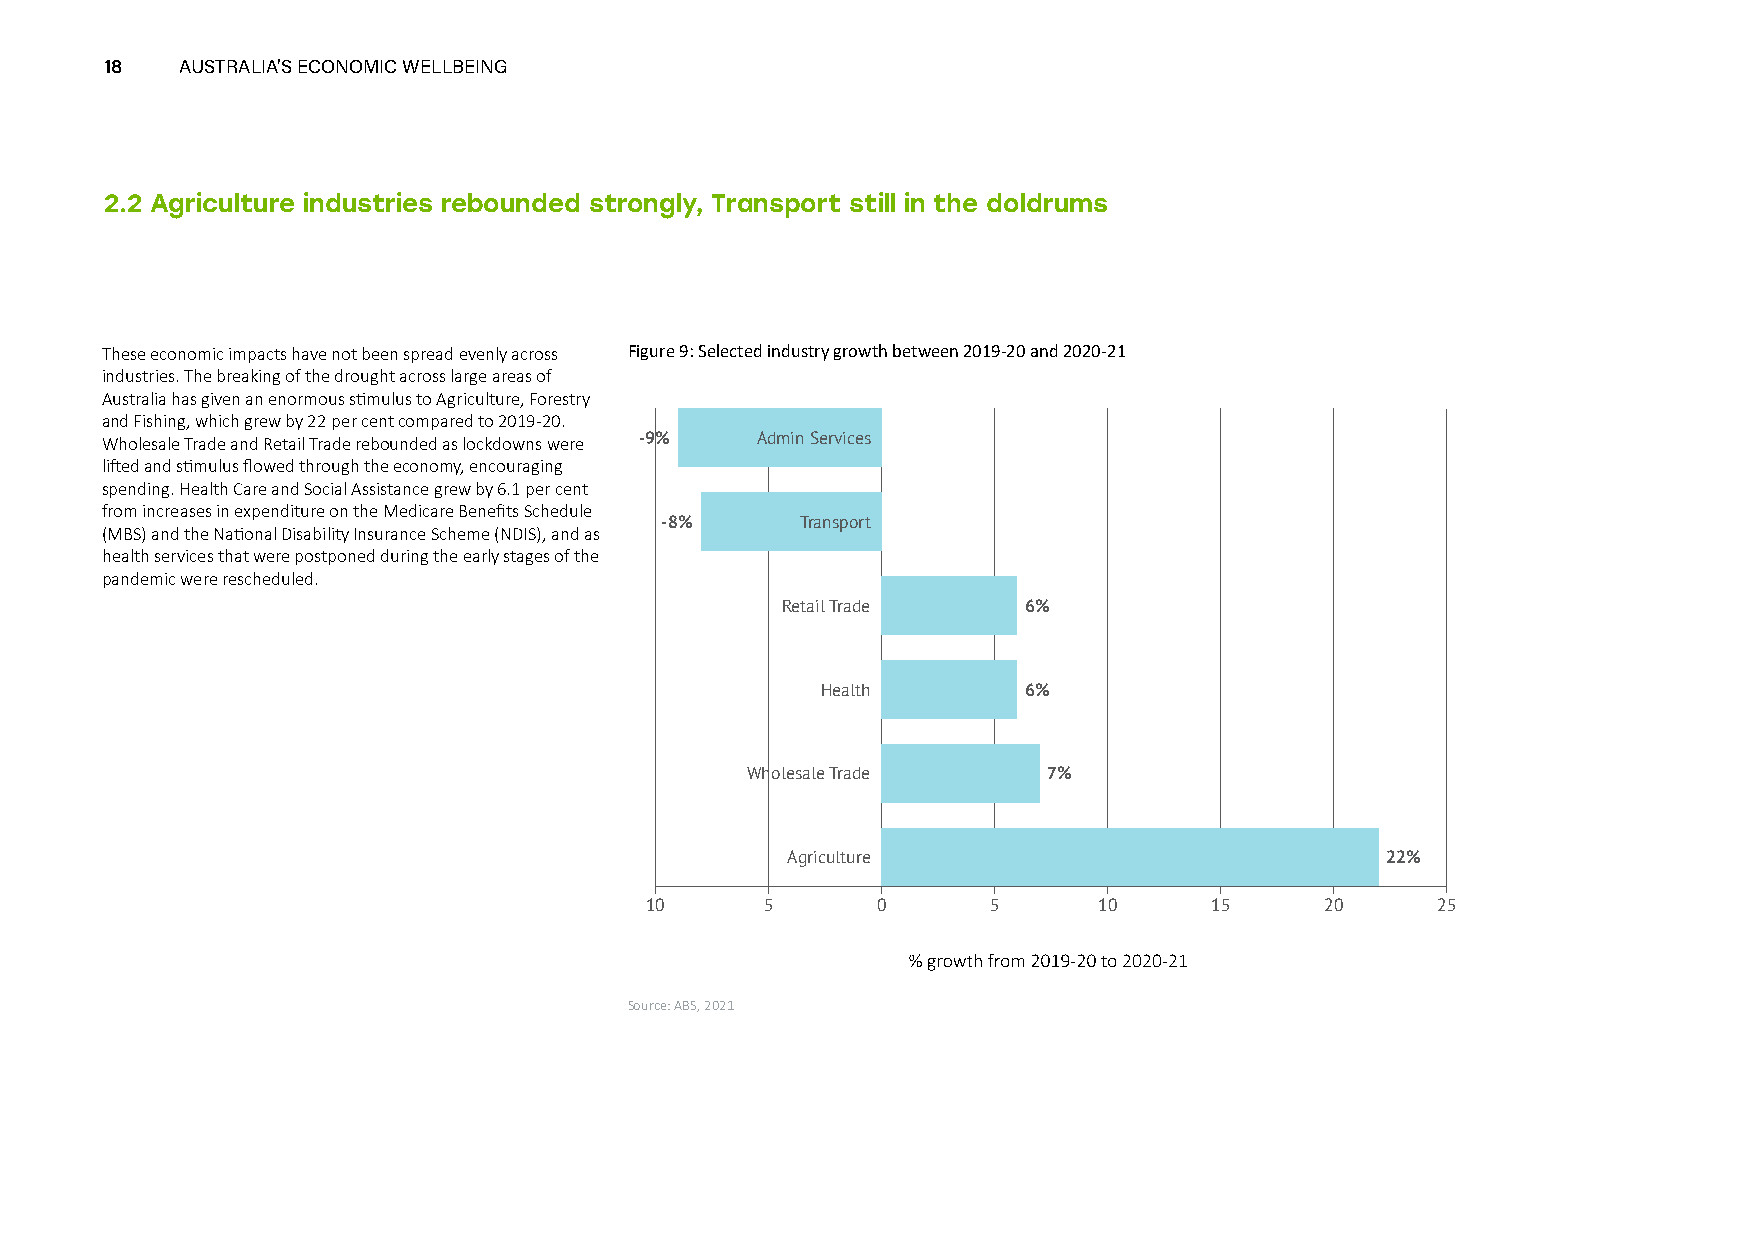
18   AUSTRALIA’S ECONOMIC WELLBEING
 2.2 Agriculture industries rebounded strongly, Transport still in the doldrums
 These economic impacts have not been spread evenly across Figure 9: Selected industry growth between 2019-20 and 2020-21
 industries. The breaking of the drought across large areas of
 Australia has given an enormous stimulus to Agriculture, Forestry
 and Fishing, which grew by 22 per cent compared to 2019-20.
 Wholesale Trade and Retail Trade rebounded as lockdowns were -9% Admin Services
 lifted and stimulus flowed through the economy, encouraging
 spending. Health Care and Social Assistance grew by 6.1 per cent
 from increases in expenditure on the Medicare Benefits Schedule
 -8%      Transport
 (MBS) and the National Disability Insurance Scheme (NDIS), and as
 health services that were postponed during the early stages of the
 pandemic were rescheduled.
 Retail Trade    6%
 Health        6%
 Wholesale Trade     7%
 Agriculture                             22%
 10      5      0       5      10     15      20     25
 Source: ABS, 2021